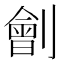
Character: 劊